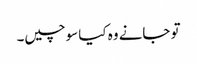
تو جانے وہ کیا سوچیں۔